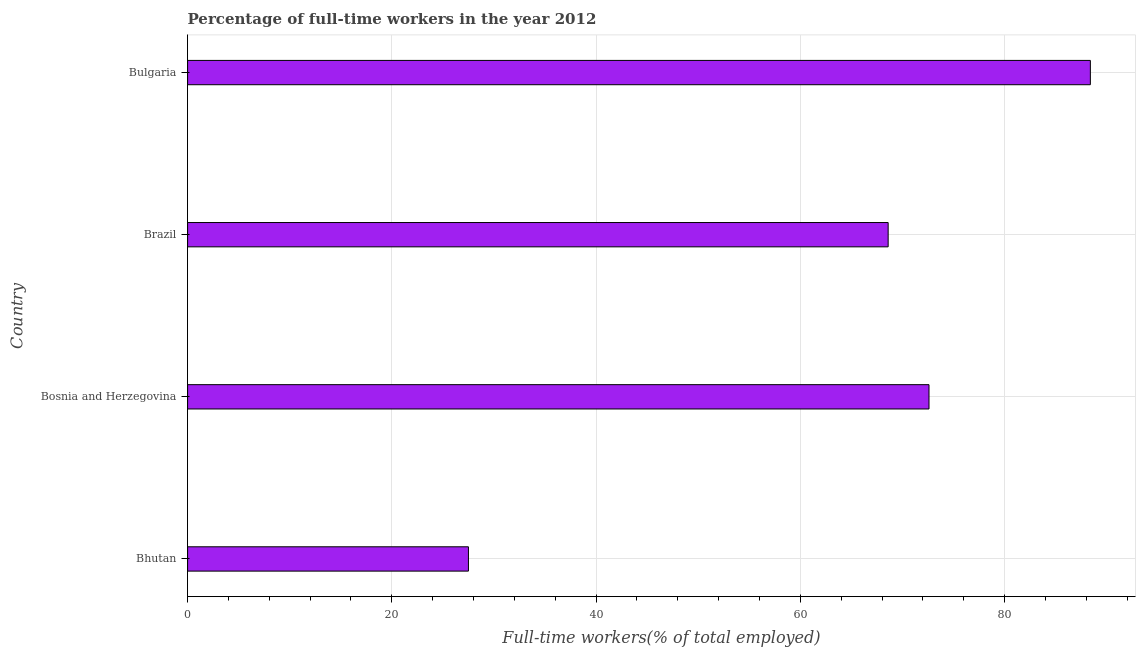
| Country | Wage and salaried workers |
 | --- | --- |
 | Bhutan | 27.5 |
 | Bosnia and Herzegovina | 72.6 |
 | Brazil | 68.6 |
 | Bulgaria | 88.4 |